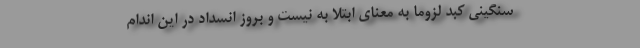
سنگینی کبد لزوما به معنای ابتلا به نیست و بروز انسداد در این اندام